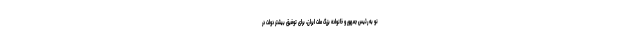
نو به رئیس جمهور و خانواده بزرگ ملت ایران، برای توفیق بیشتر دولت در